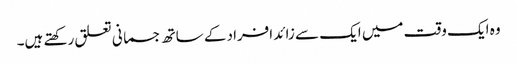
وہ ایک وقت میں ایک سے زائد افراد کے ساتھ جسمانی تعلق رکھتے ہیں۔